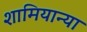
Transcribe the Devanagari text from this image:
शामियान्या